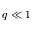
q \ll 1